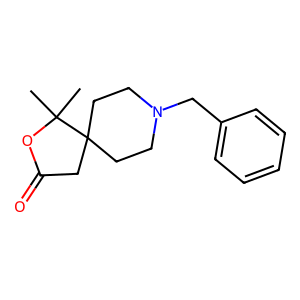
SMILES: CC1(C)OC(=O)CC12CCN(Cc1ccccc1)CC2
Inhibits HIV replication: No